65_HS1-834228961_62-HQ-83894_Section_9
Agency: FBI
Page 180
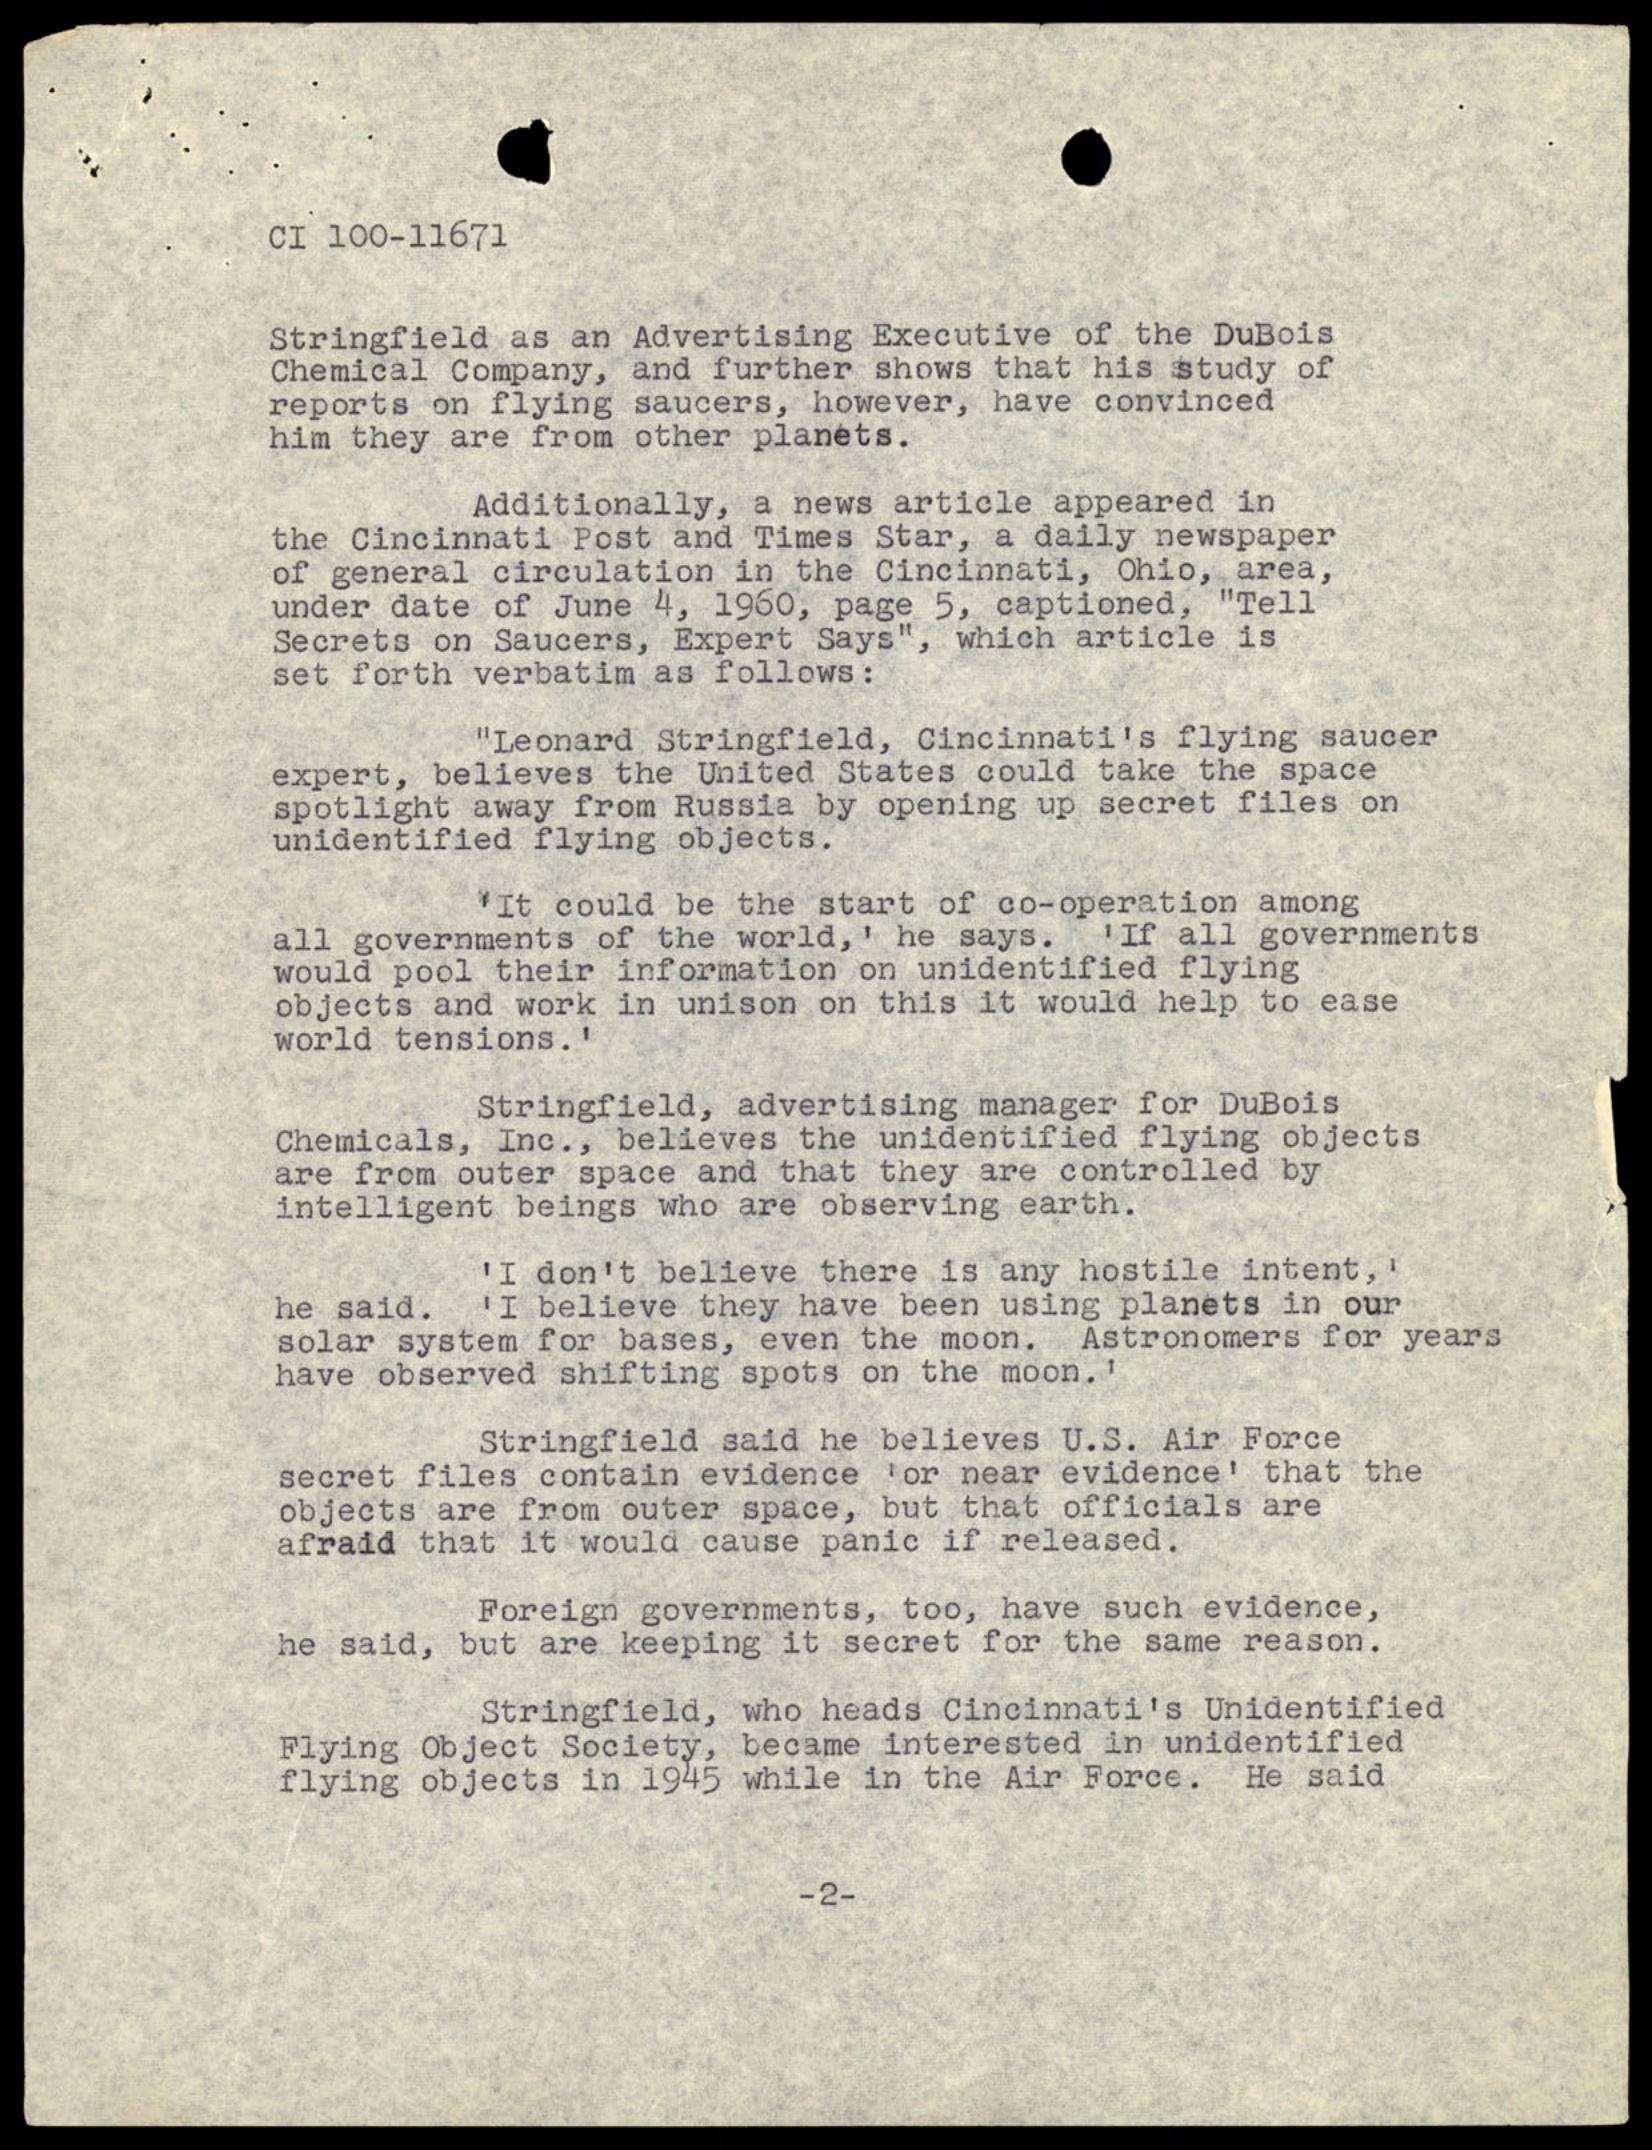